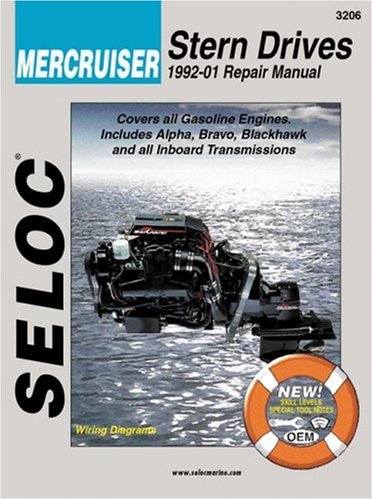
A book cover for Mercruiser Stern Drives 1992-2000 (Seloc Marine Manuals); Seloc; Engineering & Transportation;